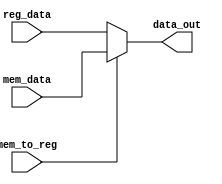
`timescale 1ns / 1ps
//////////////////////////////////////////////////////////////////////////////////
// Company: 
// Engineer: 
// 
// Design Name: 
// Module Name: Mem_Reg_selector
// Project Name: 
// Target Devices: 
// Tool Versions: 
// Description: 
// 
// Dependencies: 
// 
// Revision:
// Revision 0.01 - File Created
// Additional Comments:
// 
//////////////////////////////////////////////////////////////////////////////////


module Mem_Reg_selector(
    input[31:0] mem_data,
    input[31:0] reg_data,
    input mem_to_reg,
    output reg[31:0] data_out
    );
    
    initial begin
        data_out = 0;
    end
    
    always @(mem_data, reg_data, mem_to_reg) begin
        if(mem_to_reg == 0) begin
            data_out = reg_data;
        end
        else begin
            data_out = mem_data;
        end
    end
    
endmodule